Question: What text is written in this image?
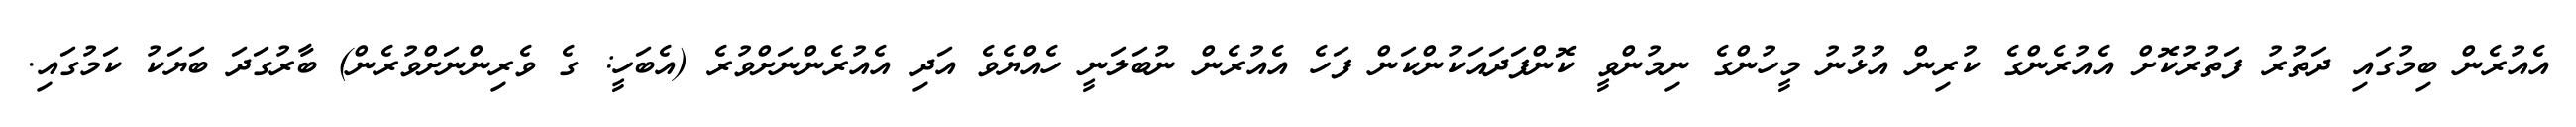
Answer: އެއުރެން ބިމުގައި ދަތުރު ފަތުރުކޮށް އެއުރެންގެ ކުރިން އުޅުނު މީހުންގެ ނިމުންވީ ކޮންފަދައަކުންކަން ފަހެ އެއުރެން ނުބަލަނީ ހެއްޔެވެ އަދި އެއުރެންނަށްވުރެ (އެބަހީ: ގެ ވެރިންނަށްވުރެން) ބާރުގަދަ ބަޔަކު ކަމުގައި.